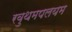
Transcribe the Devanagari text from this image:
रवुथमपलयम